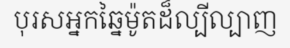
បុរសអ្នកឆ្នៃម៉ូតដ៏ល្បីល្បាញ